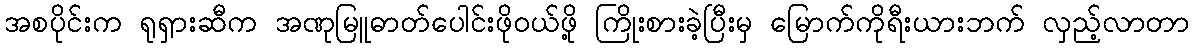
အစပိုင်းက ရုရှားဆီက အဏုမြူဓာတ်ပေါင်းဖိုဝယ်ဖို့ ကြိုးစားခဲ့ပြီးမှ မြောက်ကိုရီးယားဘက် လှည့်လာတာ